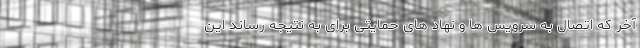
آخر که اتصال به سرویس ها و نهاد های حمایتی برای به نتیجه رساند این